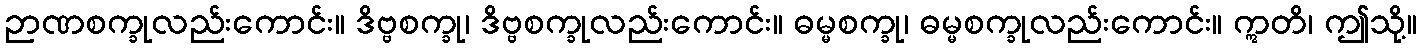
ဉာဏစက္ခုလည်းကောင်း။ ဒိဗ္ဗစက္ခု၊ ဒိဗ္ဗစက္ခုလည်းကောင်း။ ဓမ္မစက္ခု၊ ဓမ္မစက္ခုလည်းကောင်း။ ဣတိ၊ ဤသို့။